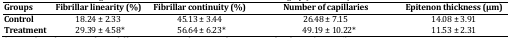
<table><thead><tr><td><b>Groups</b></td><td><b>Fibrillar linearity (%)</b></td><td><b>Fibrillar continuity (%)</b></td><td><b>Number of capillaries </b></td><td><b>Epitenon thickness (μm)</b></td></tr></thead><tbody><tr><td><b>Control</b></td><td>18.24 ± 2.33</td><td>45.13 ± 3.44</td><td>26.48 ± 7.15</td><td>14.08 ± 3.91</td></tr><tr><td><b>Treatment</b></td><td> 29.39 ± 4.58*</td><td> 56.64 ± 6.23*</td><td> 49.19 ± 10.22*</td><td>11.53 ± 2.31</td></tr></tbody></table>